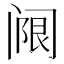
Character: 𬮵